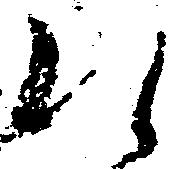
え